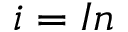
i = I n